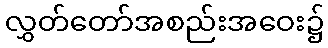
လွှတ်တော်အစည်းအဝေး၌